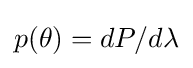
p(\theta )=dP/d\lambda